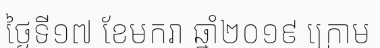
ថ្ងៃទី១៧ ខែមករា ឆ្នាំ២០១៩ ក្រោម